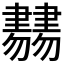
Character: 𦘨